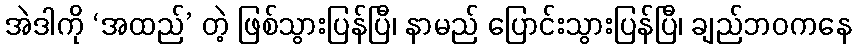
အဲဒါကို ‘အထည်’ တဲ့ ဖြစ်သွားပြန်ပြီ၊ နာမည် ပြောင်းသွားပြန်ပြီ၊ ချည်ဘဝကနေ